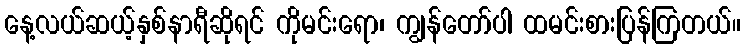
နေ့လယ်ဆယ့်နှစ်နာရီဆိုရင် ကိုမင်းရော၊ ကျွန်တော်ပါ ထမင်းစားပြန်ကြတယ်။